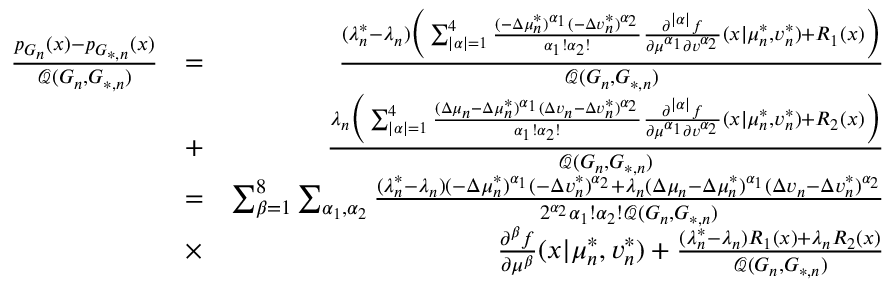
\begin{array} { r l r } { \frac { p _ { G _ { n } } ( x ) - p _ { G _ { * , n } } ( x ) } { \mathcal { Q } ( G _ { n } , G _ { * , n } ) } } & { = } & { \frac { ( \lambda _ { n } ^ { * } - \lambda _ { n } ) \biggr ( \sum _ { | \alpha | = 1 } ^ { 4 } { \frac { ( - \Delta \mu _ { n } ^ { * } ) ^ { \alpha _ { 1 } } ( - \Delta v _ { n } ^ { * } ) ^ { \alpha _ { 2 } } } { \alpha _ { 1 } ! \alpha _ { 2 } ! } \frac { \partial ^ { | \alpha | } { f } } { \partial { \mu ^ { \alpha _ { 1 } } } \partial { v ^ { \alpha _ { 2 } } } } ( x | \mu _ { n } ^ { * } , v _ { n } ^ { * } ) + R _ { 1 } ( x ) \biggr ) } } { \mathcal { Q } ( G _ { n } , G _ { * , n } ) } } \\ & { + } & { \frac { \lambda _ { n } \biggr ( \sum _ { | \alpha | = 1 } ^ { 4 } { \frac { ( \Delta \mu _ { n } - \Delta \mu _ { n } ^ { * } ) ^ { \alpha _ { 1 } } ( \Delta v _ { n } - \Delta v _ { n } ^ { * } ) ^ { \alpha _ { 2 } } } { \alpha _ { 1 } ! \alpha _ { 2 } ! } \frac { \partial ^ { | \alpha | } { f } } { \partial { \mu ^ { \alpha _ { 1 } } } \partial { v ^ { \alpha _ { 2 } } } } ( x | \mu _ { n } ^ { * } , v _ { n } ^ { * } ) + R _ { 2 } ( x ) \biggr ) } } { \mathcal { Q } ( G _ { n } , G _ { * , n } ) } } \\ & { = } & { \sum _ { \beta = 1 } ^ { 8 } \sum _ { \alpha _ { 1 } , \alpha _ { 2 } } { \frac { ( \lambda _ { n } ^ { * } - \lambda _ { n } ) ( - \Delta \mu _ { n } ^ { * } ) ^ { \alpha _ { 1 } } ( - \Delta v _ { n } ^ { * } ) ^ { \alpha _ { 2 } } + \lambda _ { n } ( \Delta \mu _ { n } - \Delta \mu _ { n } ^ { * } ) ^ { \alpha _ { 1 } } ( \Delta v _ { n } - \Delta v _ { n } ^ { * } ) ^ { \alpha _ { 2 } } } { 2 ^ { \alpha _ { 2 } } \alpha _ { 1 } ! \alpha _ { 2 } ! \mathcal { Q } ( G _ { n } , G _ { * , n } ) } } } \\ & { \times } & { \frac { \partial ^ { \beta } { f } } { \partial { \mu ^ { \beta } } } ( x | \mu _ { n } ^ { * } , v _ { n } ^ { * } ) + \frac { ( \lambda _ { n } ^ { * } - \lambda _ { n } ) R _ { 1 } ( x ) + \lambda _ { n } R _ { 2 } ( x ) } { \mathcal { Q } ( G _ { n } , G _ { * , n } ) } } \end{array}